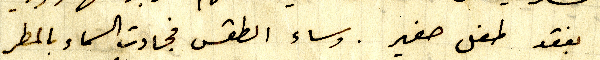
بفقد طفل صغير. وساء الطقس فجادت السماء بالمطر